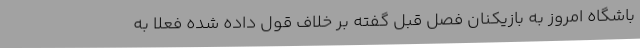
باشگاه امروز به بازیکنان فصل قبل گفته بر خلاف قول داده شده فعلا به